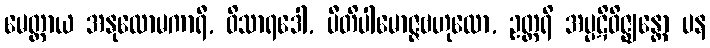
မေတ္တာယ အနုလောမကာရီ, ဝိသာရဒေါ, ပီတိပါမောဇ္ဇဗဟုလော, ဥတ္တရိ အပ္ပဋိဝိဇ္ဈန္တော ပန